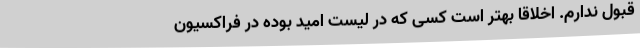
قبول ندارم. اخلاقاً بهتر است کسی که در لیست امید بوده در فراکسیون